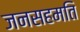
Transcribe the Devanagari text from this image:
जनसहमति